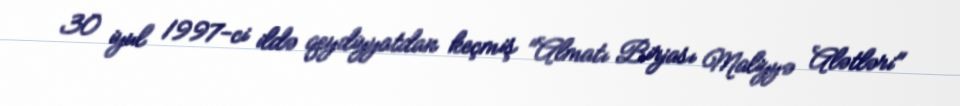
30 iyul 1997-ci ildə qeydiyyatdan keçmiş "Almatı Birjası Maliyyə Alətləri"